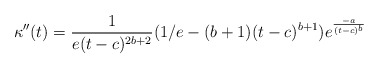
\begin{align*}\kappa ''(t)=\frac{1}{e(t-c)^{2b+2}}(1/e-(b+1)(t-c)^{b+1})e^{\frac{-a}{(t-c)^b}}\end{align*}